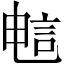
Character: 𫌷